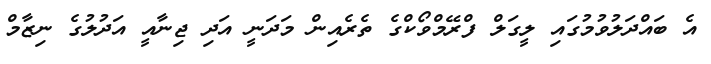
އެ ބައްދަލުވުމުގައި ލީގަލް ފްރޭމްވޯކްގެ ތެރެއިން މަދަނީ އަދި ޖިނާއީ އަދުލުގެ ނިޒާމް